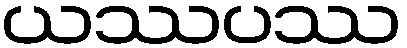
ယဿပဿ